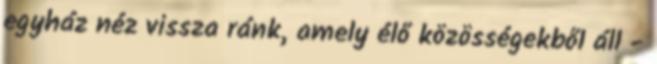
egyház néz vissza ránk, amely élő közösségekből áll -